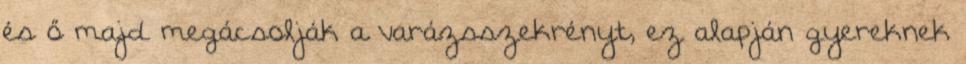
és ő majd megácsolják a varázsszekrényt, ez alapján gyereknek